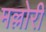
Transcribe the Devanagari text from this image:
मल्लोरी